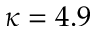
\kappa = 4 . 9